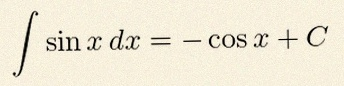
\int \sin x\,dx=-\cos x+C